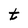
Character: t